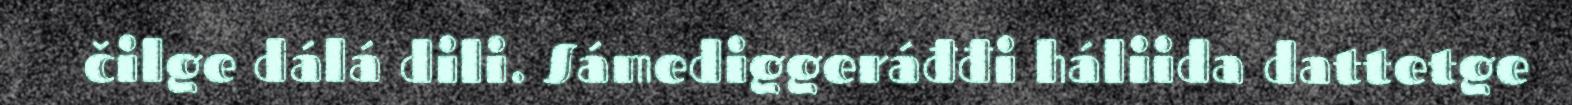
čilge dálá dili. Sámediggeráđđi háliida dattetge